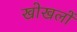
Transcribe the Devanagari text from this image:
खोखलों